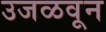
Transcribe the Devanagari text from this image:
उजळवून